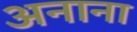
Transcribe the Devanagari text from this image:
अनाना